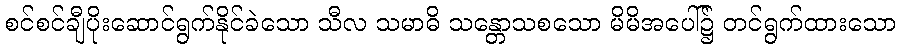
စင်စင်ချီပိုးဆောင်ရွက်နိုင်ခဲသော သီလ သမာဓိ သန္တောသစသော မိမိအပေါ်၌ တင်ရွက်ထားသော